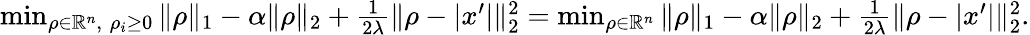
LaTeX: \begin{array}{r}{\operatorname*{min}_{\rho\in\mathbb{R}^{n},\; \rho_{i}\geq 0}\| \rho\| _{1}-\alpha\| \rho\| _{2}+\frac{1}{2\lambda}\| \rho-|x^{\prime}|\| _{2}^{2}=\operatorname*{min}_{\rho\in\mathbb{R}^{n}}\| \rho\| _{1}-\alpha\| \rho\| _{2}+\frac{1}{2\lambda}\| \rho-|x^{\prime}|\| _{2}^{2}.}\end{array}